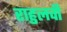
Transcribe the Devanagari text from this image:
राहुलची